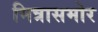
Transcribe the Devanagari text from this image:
मित्रासमोर